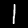
Digit: 1